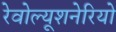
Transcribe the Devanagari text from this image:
रेवोल्यूशनेरियो